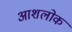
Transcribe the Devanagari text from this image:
आशलोक